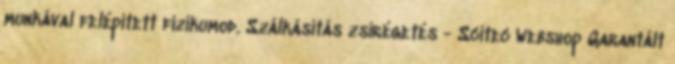
munkával felépített fizikumod. Szálkásítás zsírégetés - Scitec Webshop Garantált